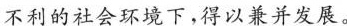
不利的社会环境下，得以兼并发展。